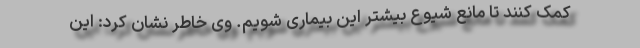
کمک کنند تا مانع شیوع بیشتر این بیماری شویم. وی خاطر نشان کرد: این